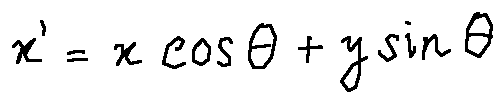
x ^ { \prime } = x \cos \theta + y \sin \theta